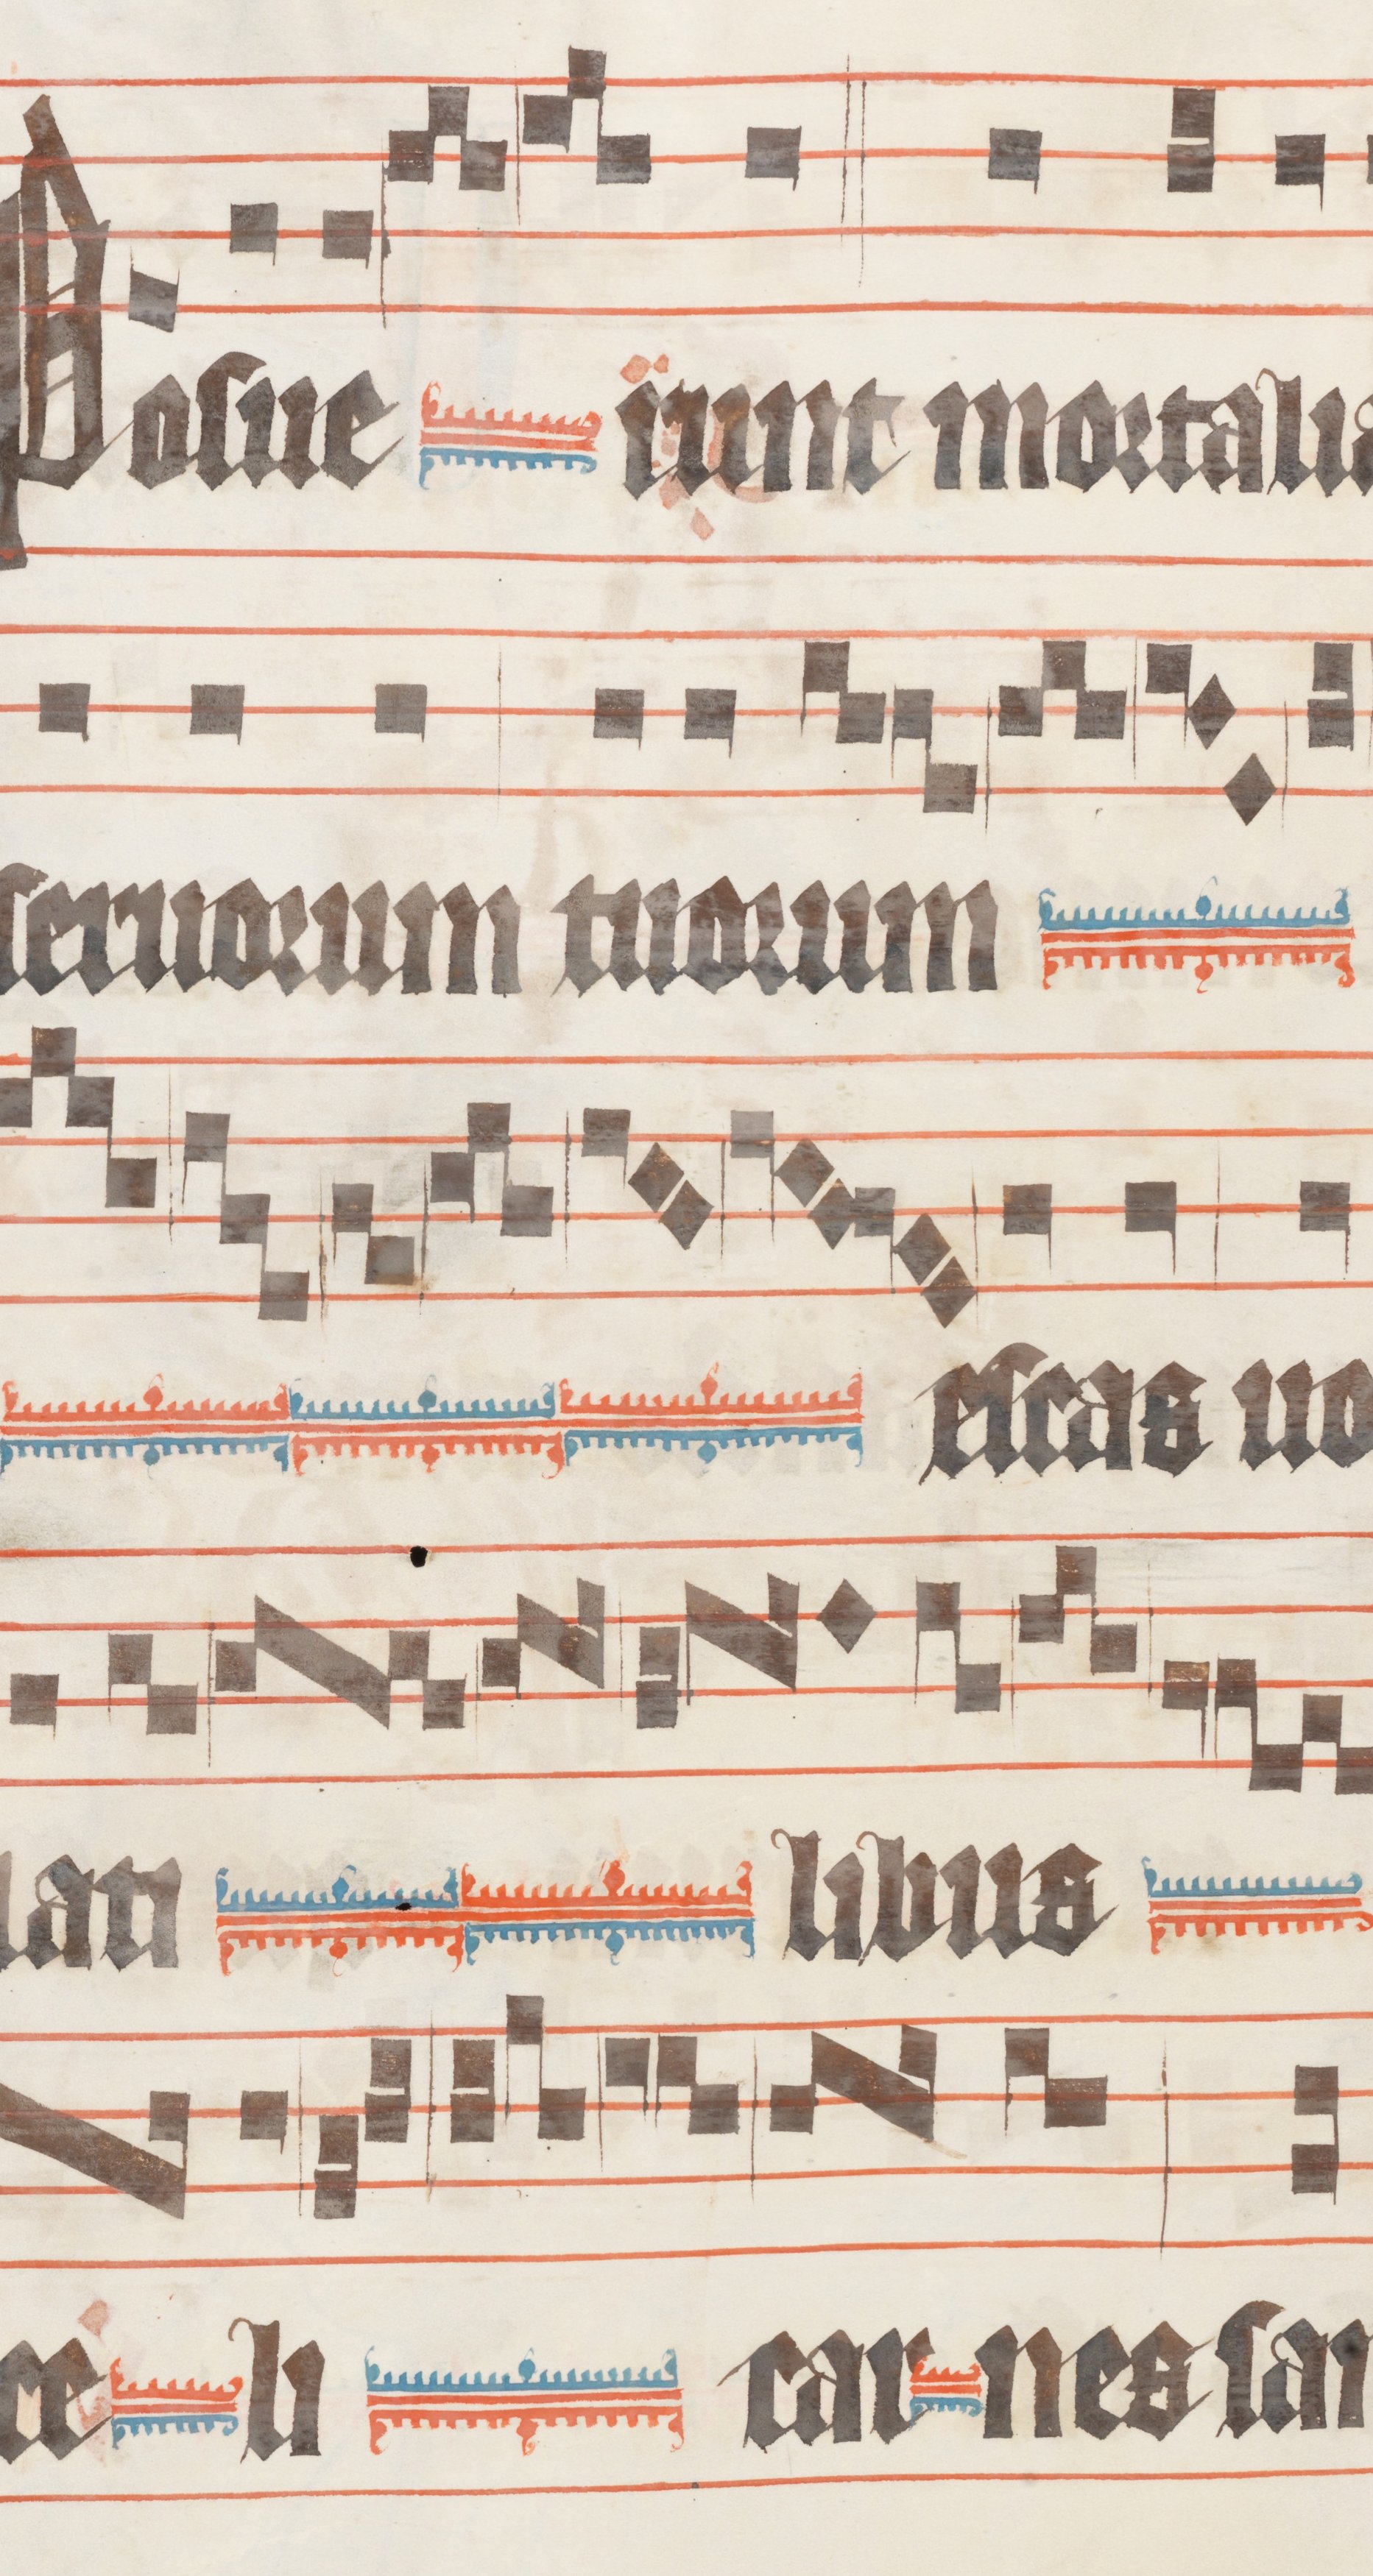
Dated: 1330–1335